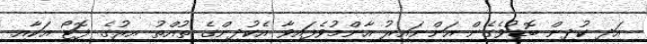
އަދި ކުދިން ބޮޑުވެގެން އަންނައިރު އާންމުވެފައިވާ އެކުދިންގެ ތުއްތު އިރުގެ ފޮޓޯ އަކާއި